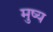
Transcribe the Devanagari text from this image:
मुष्य